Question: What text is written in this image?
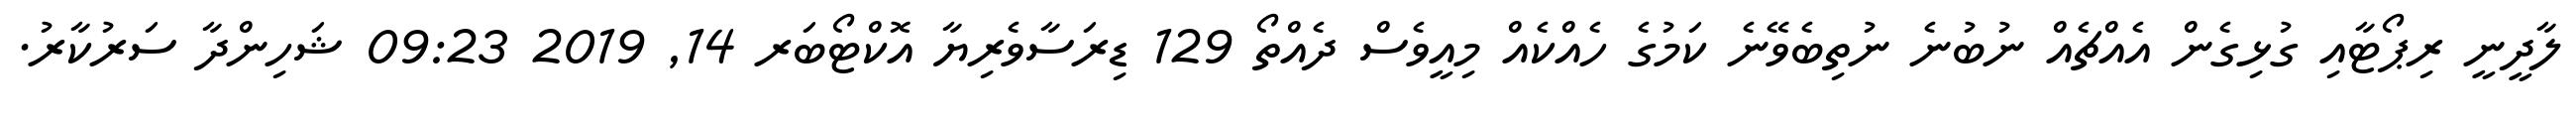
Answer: ލާދީނީ ރިޕޯޓާއި ގުޅިގެން އެއްޗެއް ނުބުނެ ނުތިބެވޭނެ ކަމުގެ ހެއްކެއް މިއީވެސް ދެއްތޯ 129 ޑިރަސާވެރިޔާ އޮކްޓޯބަރ 14, 2019 09:23 ޝަހިންދާ ސަރުކާރު.